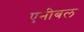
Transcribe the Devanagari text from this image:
एनीबल